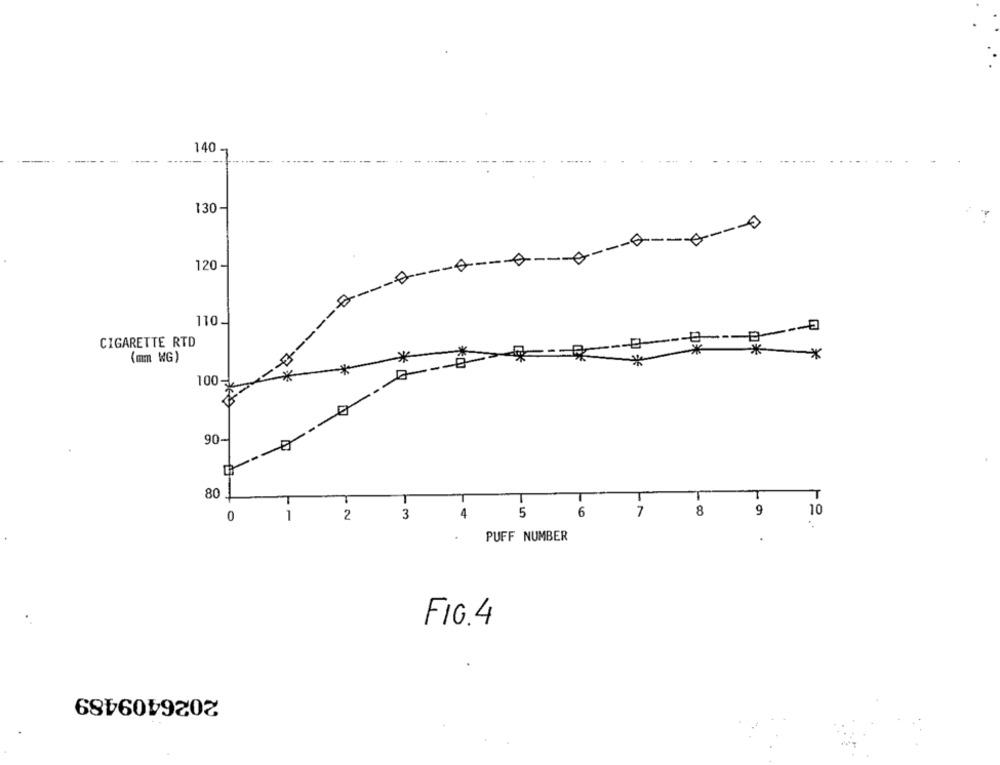
140
---
130
-------- 0
120 -
110
CIGARETTE RTD
(mm WG)
*
*
*
*
100-
90-
80
T
T
T
6
7
8
9
10
0
2
3
4
-5
.
PUFF NUMBER
FIG. 4
2026409489